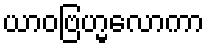
ယာဝဗြဟ္မလောကာ